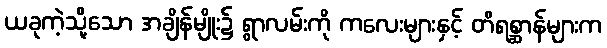
ယခုကဲ့သို့သော အချိန်မျိုး၌ ရွာလမ်းကို ကလေးများနှင့် တိရစ္ဆာန်များက